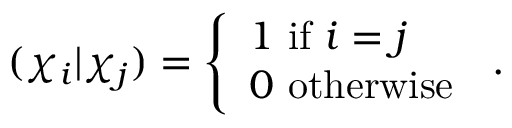
( \chi _ { i } | \chi _ { j } ) = { \left\{ \begin{array} { l l } { 1 { \mathrm { ~ i f ~ } } i = j } \\ { 0 { \mathrm { ~ o t h e r w i s e ~ } } } \end{array} \right. } .